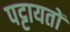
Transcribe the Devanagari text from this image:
पट्टायतों